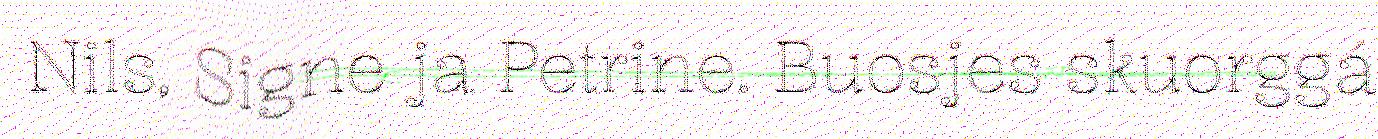
Nils, Signe ja Petrine. Buosjes skuorggá